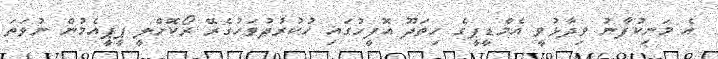
އެ މަނިކުފާނު ވިދާޅުވީ އެމްޑީޕީގެ ހިތަދޫ އޮފީހުގައި ހުކުރުދުވަހުގެރޭ ރޯކޮށްލީ ޕީޕީއެމުން ނުވަތަ